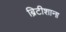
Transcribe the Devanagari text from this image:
ब्रिटीशाना